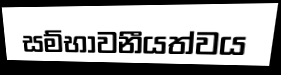
සම්භාවනීයත්වය